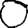
Digit: 0